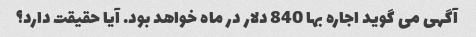
آگهی می گوید اجاره بها 840 دلار در ماه خواهد بود. آیا حقیقت دارد؟